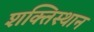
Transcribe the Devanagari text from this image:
शक्तिस्थान